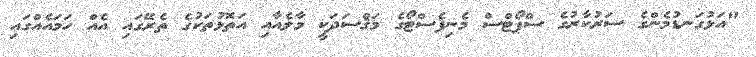
"އަޅުގަނޑުމެންގެ ސަރުކާރުގެ ސްޕޯޓްސް މެނިފެސްޓޯގެ މަޤްސަދަކީ މާލެއާއި އަތޮޅުތަކުގެ ތެރޭގައި އެއް ހަމައެއްގައި